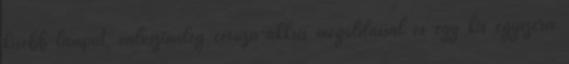
kisebb lámpát, valószinüleg ceruza-akksis megoldással és egy kis egyszerü